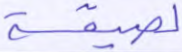
لصيقة